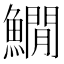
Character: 𩻘